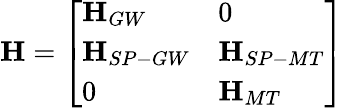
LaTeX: \mathbf{H}=\left[\begin{array}{ll}{\mathbf{H}_{GW}}&{0}\\ {\mathbf{H}_{SP-GW}}&{\mathbf{H}_{SP-MT}}\\ {0}&{\mathbf{H}_{MT}}\end{array}\right]